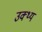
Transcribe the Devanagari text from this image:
उक्थ्य